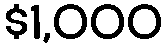
$1,000